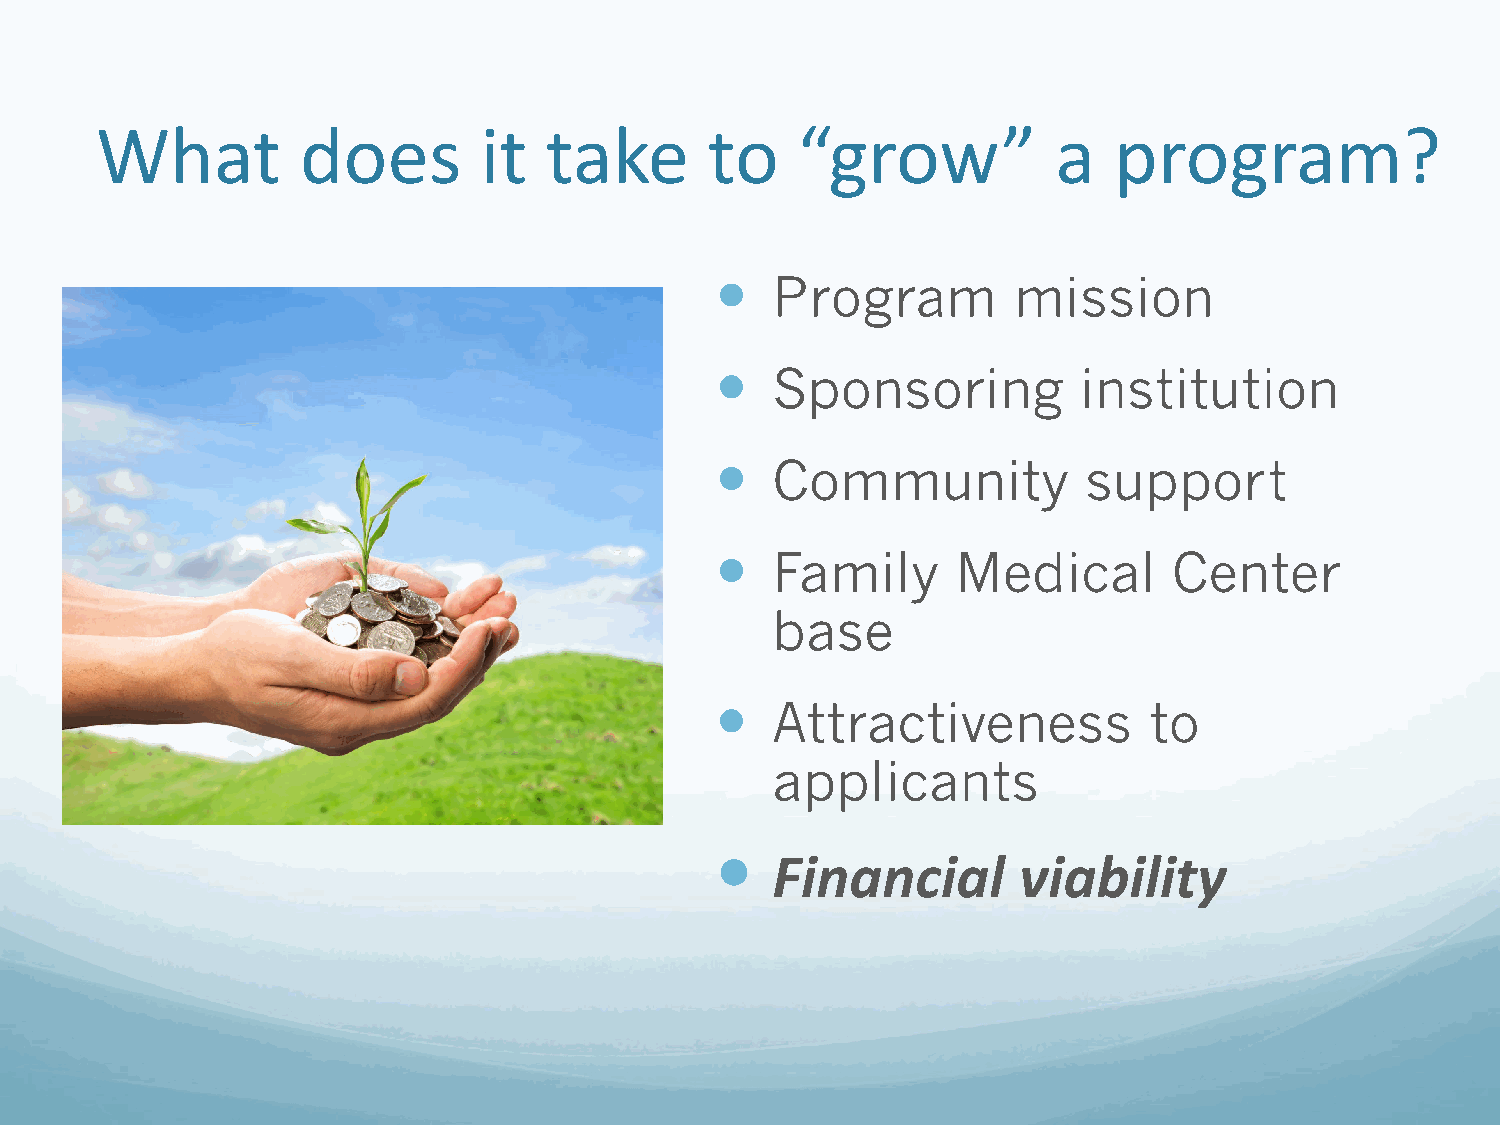
What          does        it  take       to    “grow”           a   program?
    Program         mission
    Sponsoring          institution
    Community            support
    Family      Medical        Center
 base
    Attractiveness           to
 applicants
 
 Financial       viability